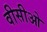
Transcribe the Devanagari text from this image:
वीसीओ